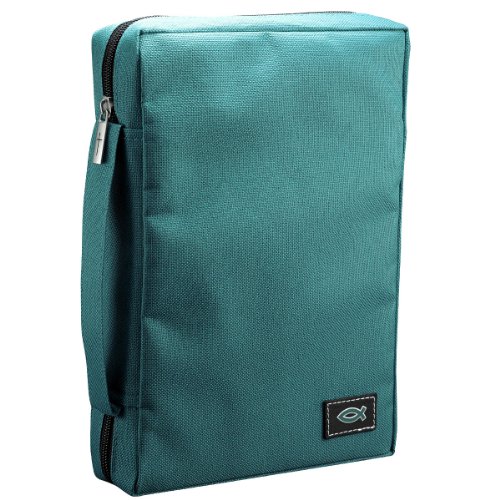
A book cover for Poly-Canvas Bible / Book Cover w/Fish Applique (Medium / Teal); Christian Art Gifts (Manufacturer); Crafts, Hobbies & Home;